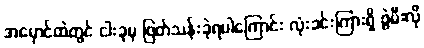
အမှောင်ထဲတွင် ငါးခုမှ ဖြတ်သန်းခဲ့ရပါကြောင်း လုံးခင်းကြားရှိ ဖွဲမီးလို